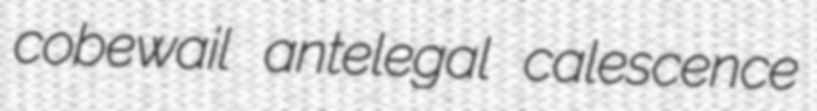
cobewail antelegal calescence